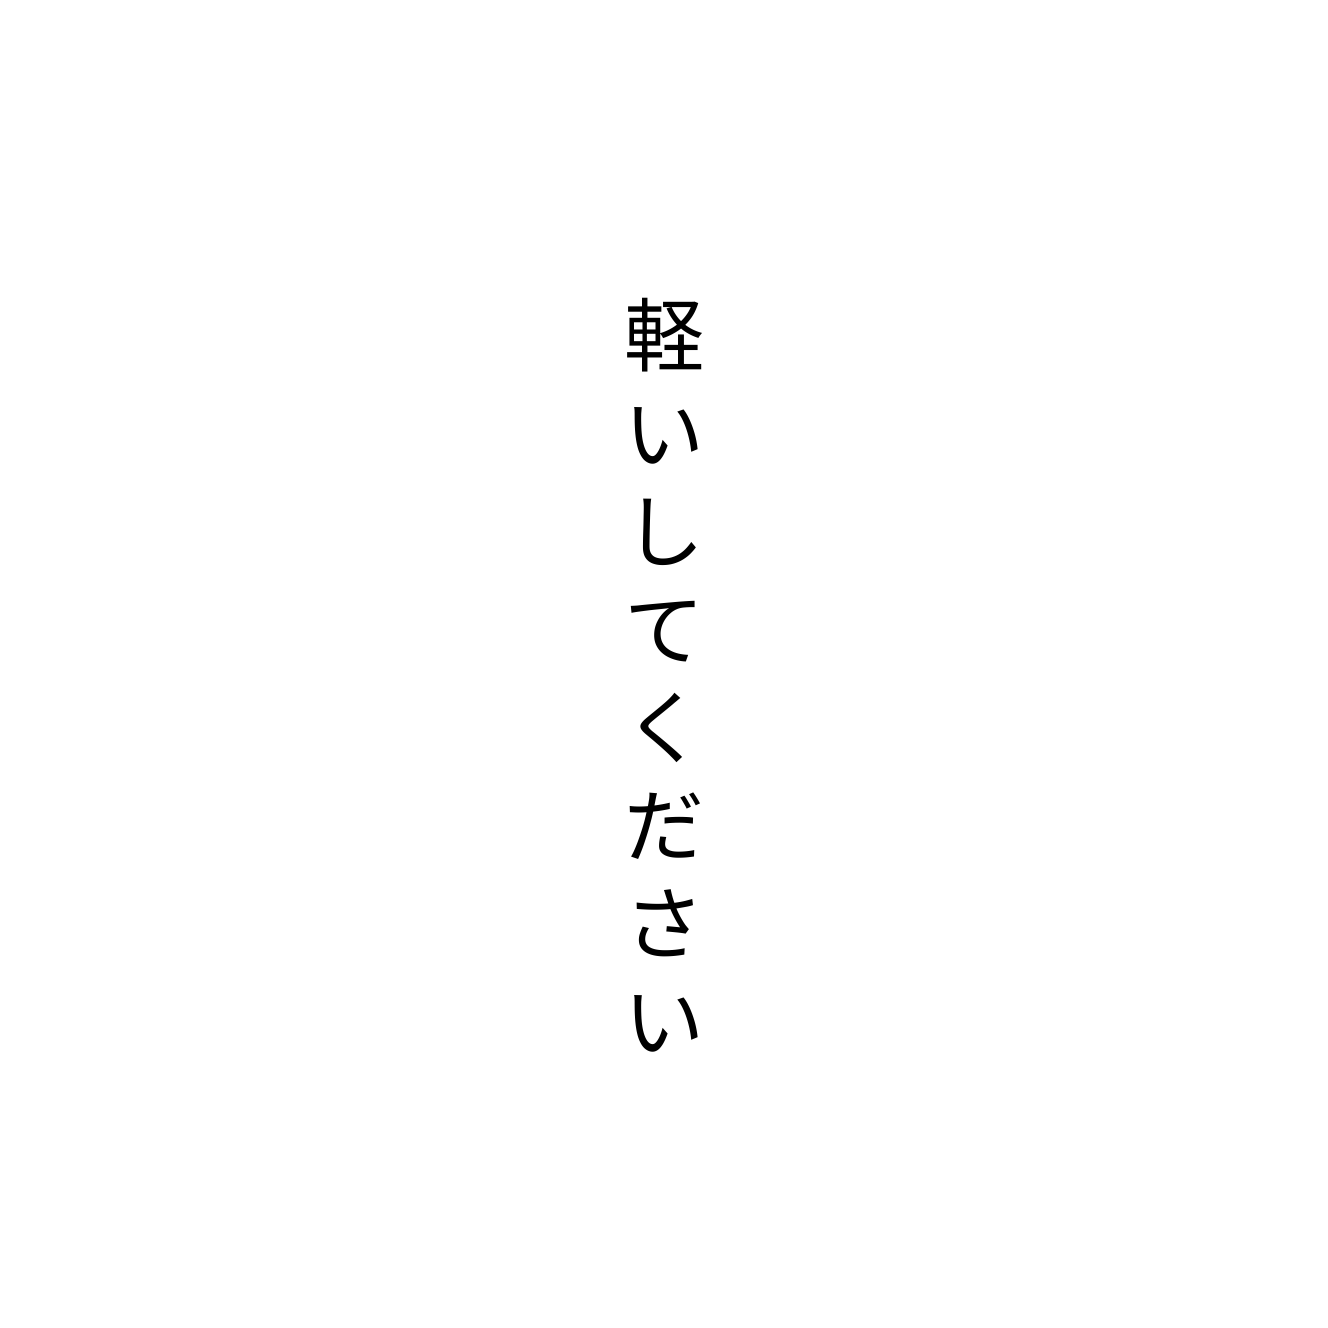
軽いしてください